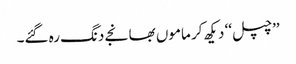
’’چپل‘‘ دیکھ کر ماموں بھانجے دنگ رہ گئے۔